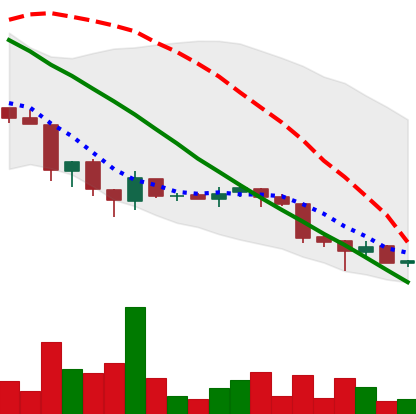
Ticker: ADA-USD
Chart end date: 2018-06-27
Forward return: 24.194%
Label: up_7plus